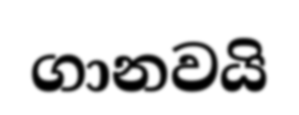
ගානවයි